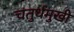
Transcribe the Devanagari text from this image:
चतुर्थमुखी